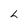
Character: L